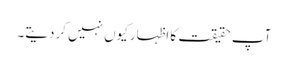
آپ حقیقت کا اظہارکیوں نہیں کردیتے۔